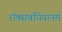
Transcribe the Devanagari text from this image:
रॉक्सबर्घियानम